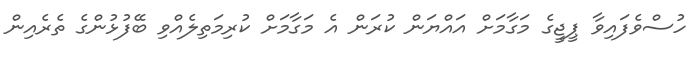
ހުސްވެފައިވާ ޕީޖީގެ މަގާމަށް އައްޔަން ކުރަން އެ މަގާމަށް ކުރިމަތިލެއްވި ބޭފުޅުންގެ ތެރެއިން